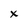
Character: x